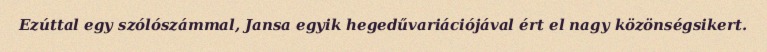
Ezúttal egy szólószámmal, Jansa egyik hegedűvariációjával ért el nagy közönségsikert.